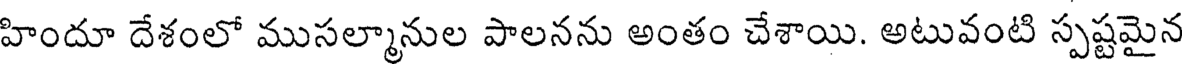
హిందూ దేశంలో ముసల్మానుల పాలనను అంతం చేశాయి. అటువంటి స్పష్టమైన